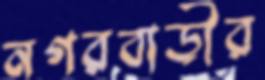
নগরবাড়ীর